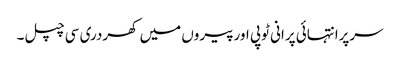
سرپرانتہائی پرانی ٹوپی اورپیروں میں کھردری سی چپل۔